Newspaper: Dodgeville chronicle. [volume]
Place of publication: Dodgeville, Wis.
Publisher: Wrigglesworth & Co.
Date: 1875-03-05 00:00:00
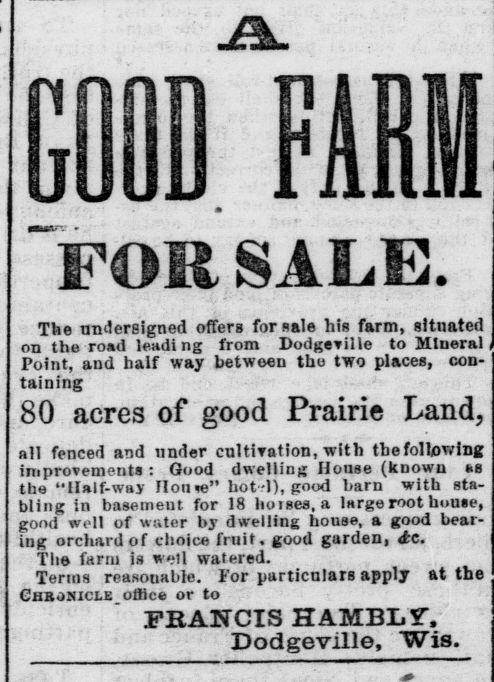
Advertisement text (OCR):
GOffIfFARM FOR SALE. The undersigned offers for sale his farm, situated on the road leading from Dodgeville to Mineral i Point, and half way between the two places, con taining 80 acres of good Prairie Land, all fenced and under cultivation, with tbefollowiDg improvements : Good dwelling House (known t>s the “Half-way Home” hot-1), good barn with sta bling in basement for 18 hotses, a large root house, good well of water by dwelling house, a good bear ing orchard of choice fruit, good garden, dc. The farm is well watered. Terms reasonable. For particulars apply at the Chronicle office or to FRANCIS HAMBLf, Dodgeville, Wis.
Label: text-only